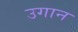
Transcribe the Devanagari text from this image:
उगान